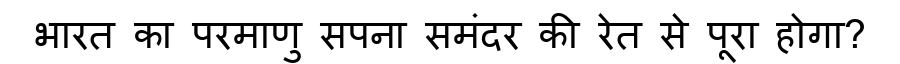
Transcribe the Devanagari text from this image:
भारत का परमाणु सपना समंदर की रेत से पूरा होगा?